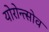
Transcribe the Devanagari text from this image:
योरोन्त्सोव